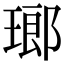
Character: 瑯